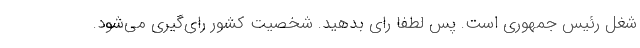
شغل رئیس جمهوری است. پس لطفا رای بدهید. شخصیت کشور رای‌گیری می‌شود.